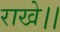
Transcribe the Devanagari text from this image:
राखे।।